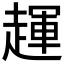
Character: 𬦖